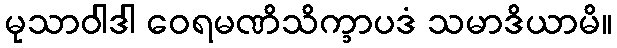
မုသာဝါဒါ ဝေရမဏိသိက္ခာပဒံ သမာဒိယာမိ။